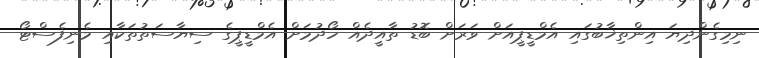
ނިމިގެންދިޔަ އިންތިޚާބުގައި އެމްޑީޕީއަށް ވަރަށް ބޮޑު ތާއީދެއް ހޯދުމަށް އެމްޑީޕީގެ ސިޔާސަތުތަކާއި މެނިފެސްޓޯ